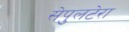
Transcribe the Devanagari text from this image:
सेपुलटेरा